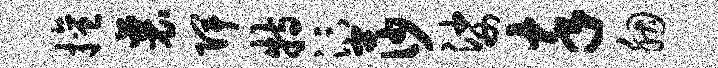
擅襄陴特汴莎娑卒胭